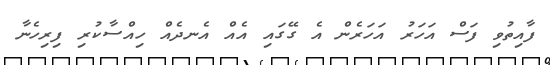
ފާއިތުވި ފަސް އަހަރު އަހަރެން އެ ގޭގައި އެއް އެނދެއް ހިއްސާކުރި ފިރިހެނާ